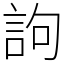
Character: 訽